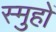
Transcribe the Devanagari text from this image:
स्मुहों